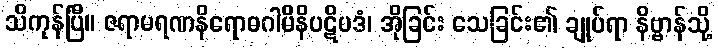
သိကုန်ပြီ။ ဇရာမရဏနိရောဓဂါမိနိပဋိပဒံ၊ အိုခြင်း သေခြင်း၏ ချုပ်ရာ နိဗ္ဗာန်သို့